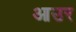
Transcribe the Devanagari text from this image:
आउर